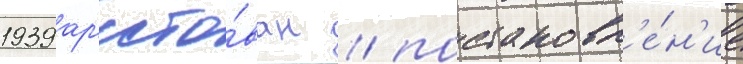
1939 ар'есто́ван / постановл'е́н'ие